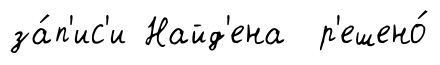
за́п'ис'и Найд'ена р'ешено́